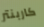
كاربنتر